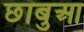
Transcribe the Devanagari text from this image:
छाबुआ